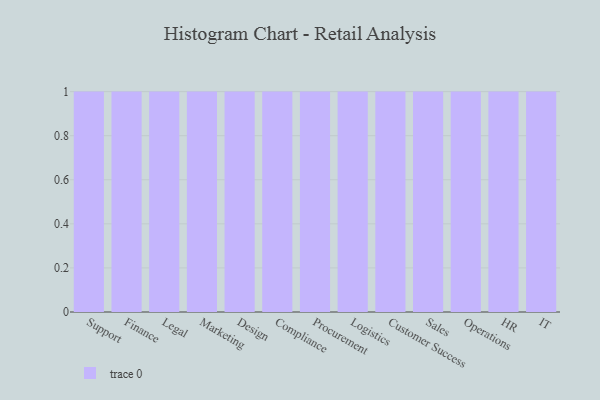
{"axis": {"x": "Department", "y": "Conversion Rate (%)"}, "legend": [""], "data": [{"x": "Support", "y": 12, "type": ""}, {"x": "Finance", "y": 86, "type": ""}, {"x": "Legal", "y": 7, "type": ""}, {"x": "Marketing", "y": 24, "type": ""}, {"x": "Design", "y": 34, "type": ""}, {"x": "Compliance", "y": 3, "type": ""}, {"x": "Procurement", "y": 5, "type": ""}, {"x": "Logistics", "y": 26, "type": ""}, {"x": "Customer Success", "y": 31, "type": ""}, {"x": "Sales", "y": 19, "type": ""}, {"x": "Operations", "y": 81, "type": ""}, {"x": "HR", "y": 25, "type": ""}, {"x": "IT", "y": 31, "type": ""}]}